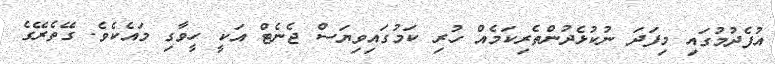
އުފެދުމުގައި މިފަދަ ނުކުޅެދުންތެރިކަމެއް ހުރި ކަމުގައިވިޔަސް ޖެނެޓް އަކީ ހީވާގި މައެކެވެ. ގޭތެރޭގެ